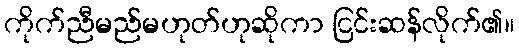
ကိုက်ညီမည်မဟုတ်ဟုဆိုကာ ငြင်းဆန်လိုက်၏။